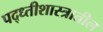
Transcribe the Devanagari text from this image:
पद्ध्तीशास्त्रातील